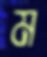
ম